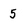
Character: 5